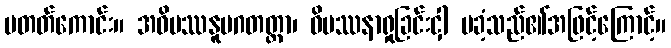
မတတ်ကောင်း။ အဝိပဿနူပဂတတ္တာ၊ ဝိပဿနာရှုခြင်းငှါ မခံ့သည်၏အဖြင့်ကြောင့်။